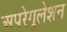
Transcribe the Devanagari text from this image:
अपरेगुलेशन